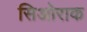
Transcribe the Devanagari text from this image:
सिओराक